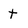
Character: t